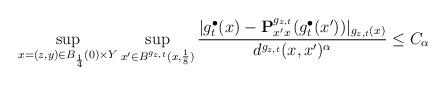
LaTeX: \begin{align*}\sup_{x=(z,y) \in B_{\frac{1}{4}}(0) \times Y} \sup_{x' \in B^{g_{z,t}}(x,\frac{1}{8})}\frac{|{g}_t^\bullet(x) - \mathbf{P}^{g_{z,t}}_{x'x}({g}_t^\bullet(x'))|_{g_{z,t}(x)}}{d^{g_{z,t}}(x,x')^\alpha} \leq C_\alpha\end{align*}